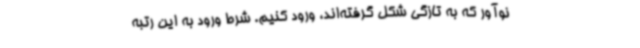
نوآور که به تازگی شکل گرفته‌اند، ورود کنیم. شرط ورود به این رتبه